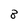
Character: 8